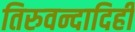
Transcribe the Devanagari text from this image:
तिरुवन्दादिही